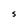
Character: S